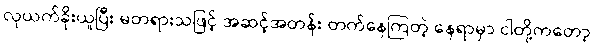
လုယက်ခိုးယူပြီး မတရားသဖြင့် အဆင့်အတန်း တက်နေကြတဲ့ နေရာမှာ ငါတို့ကတော့